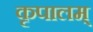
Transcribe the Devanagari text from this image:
कृपालम्